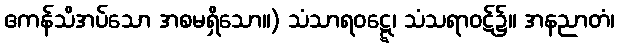
ဧကန်သိအပ်သော အစမရှိသော။) သံသာရဝဋ္ဋေ၊ သံသရာဝဋ်၌။ အနညာတံ၊